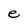
Character: e